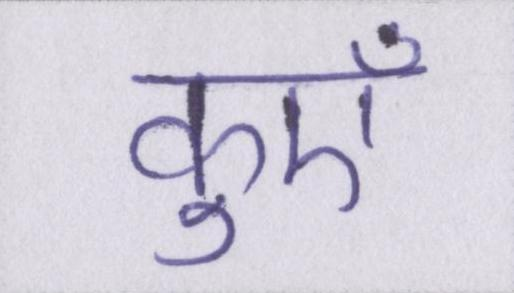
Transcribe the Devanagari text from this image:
कुएँ